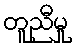
တူညီမှု